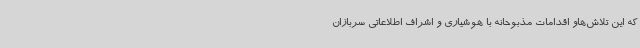
که این تلاش‌هاو اقدامات مذبوحانه با هوشیاری و اشراف اطلاعاتی سربازان